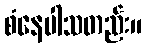
စံနေပါသတည်း။